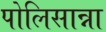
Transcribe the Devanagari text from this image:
पोलिसान्ना